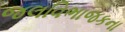
જલવિભાજકના